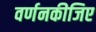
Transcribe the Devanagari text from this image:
वर्णनकीजिए